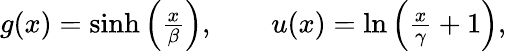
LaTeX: \begin{array}{r}{g(x)=\sinh\left(\frac{x}{\beta}\right),\qquad u(x)=\ln\left(\frac{x}{\gamma}+1\right),}\end{array}